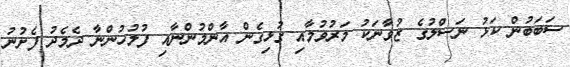
ސަބަބުން ކަޅު ނަސްލުގެ ޒުވާނަކު މަރުވުމާއި ގުޅިގެން އާންމުންނާއި ފުލުހުންނާ ދެމެދު ފެށުނު